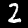
Label: 2